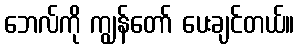
ဘေလ်ကို ကျွန်တော် ပေးချင်တယ်။